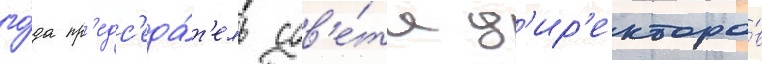
го́да пр'едс'еда́т'ель сов'е́та д'ир'екторо́в